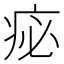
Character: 𤵘